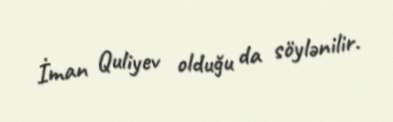
İman Quliyev olduğu da söylənilir.